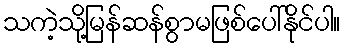
သကဲ့သို့မြန်ဆန်စွာမဖြစ်ပေါ်နိုင်ပါ။